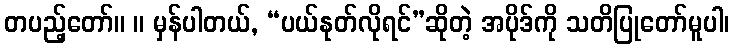
တပည့်တော်။ ။ မှန်ပါတယ်, “ပယ်နုတ်လိုရင်”ဆိုတဲ့ အပိုဒ်ကို သတိပြုတော်မူပါ၊